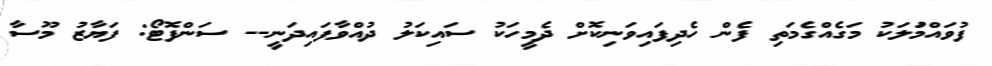
ފުވައްމުަލަކު މަގެއްގެމަތި ފެން ހެދިފައިވަނިކޮށް ދެމީހަކު ސައިކަލު ދުއްވާފައިދަނީ-- ސަންފޮޓޯ: ފަޔާޒު މޫސާ